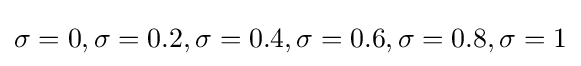
\sigma =0,\sigma =0.2,\sigma =0.4,\sigma =0.6,\sigma =0.8,\sigma =1